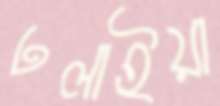
ঢলাইয়া